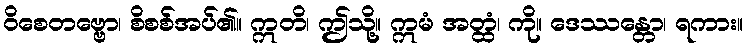
ဝိစေတဗ္ဗော၊ စိစစ်အပ်၏။ ဣတိ၊ ဤသို့။ ဣမံ အတ္ထံ၊ ကို။ ဒေဿန္တော၊ ရကား။